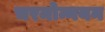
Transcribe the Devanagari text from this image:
चरमोन्नयन